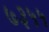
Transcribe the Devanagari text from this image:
७३५५